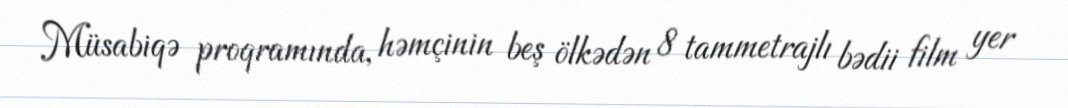
Müsabiqə proqramında, həmçinin beş ölkədən 8 tammetrajlı bədii film yer